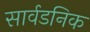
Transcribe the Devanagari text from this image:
सार्वडनिक